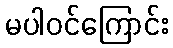
မပါဝင်ကြောင်း